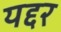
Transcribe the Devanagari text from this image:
यद्दर